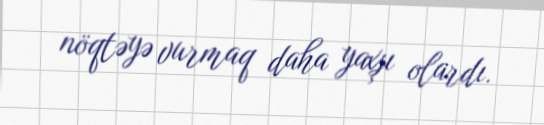
nöqtəyə vurmaq daha yaxşı olardı.